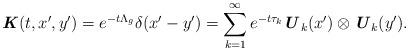
LaTeX: \begin{align*} \textbf{\textit{K}}(t,x^{\prime},y^{\prime}) = e^{-t\Lambda_g} \delta(x^{\prime} - y^{\prime}) = \sum_{k=1}^{\infty} e^{-t\tau_k} \textbf{\textit{U}}_k(x^{\prime}) \otimes \textbf{\textit{U}}_k(y^{\prime}).\end{align*}